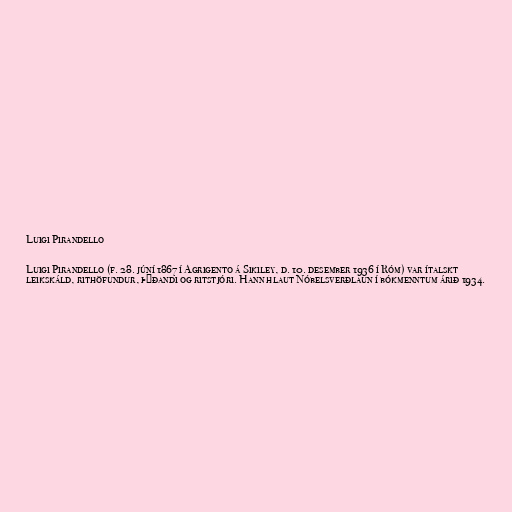
Luigi Pirandello

Luigi Pirandello (f. 28. júní 1867 í Agrigento á Sikiley, d. 10. desember 1936 í Róm) var ítalskt
leikskáld, rithöfundur, þýðandi og ritstjóri. Hann hlaut Nóbelsverðlaun í bókmenntum árið 1934.